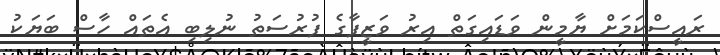
ރައީސްކަމަށް ޔާމީން ވަޑައިގަތް އިރު ވަޒީފާގެ ފުރުސަތު ނުލިބި އެތައް ހާސް ބަޔަކު